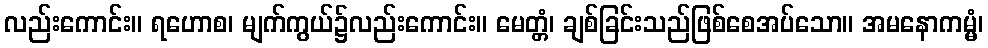
လည်းကောင်း။ ရဟောစ၊ မျက်ကွယ်၌လည်းကောင်း။ မေတ္တံ၊ ချစ်ခြင်းသည်ဖြစ်စေအပ်သော။ အမနောကမ္မံ၊